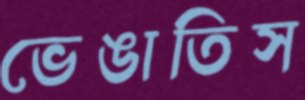
ভেঙাতিস